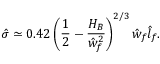
\hat { \sigma } \simeq 0 . 4 2 \left( \frac { 1 } { 2 } - \frac { H _ { B } } { \hat { w } _ { f } ^ { 2 } } \right) ^ { 2 / 3 } \hat { w } _ { f } \hat { l } _ { f } .